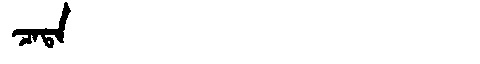
Manchu: ᠴᠠᡨᠠ
Romanization: CATA